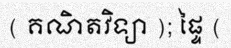
( គណិតវិទ្យា ); ផ្ទៃ (